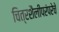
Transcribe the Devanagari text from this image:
चित्रशैलीपरंपरेचे